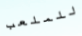
للملعب